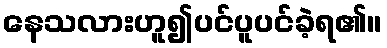
နေသလားဟူ၍ပင်ပူပင်ခဲ့ရ၏။